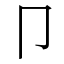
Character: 卩